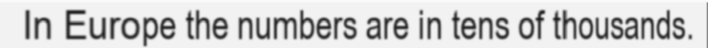
In Europe the numbers are in tens of thousands.